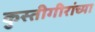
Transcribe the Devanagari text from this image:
कुस्तीगीरांच्या